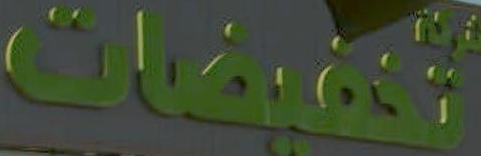
تخفيضات